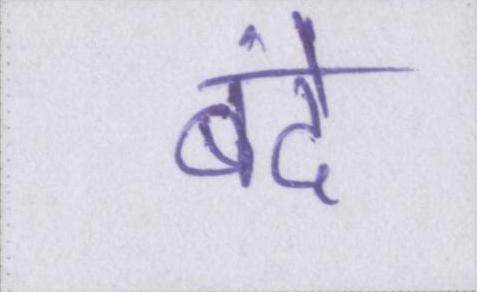
बंदे